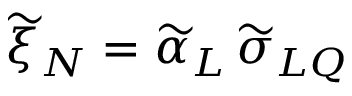
\widetilde \xi _ { N } = \widetilde \alpha _ { L } \, \widetilde \sigma _ { L Q }